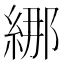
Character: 𦀨